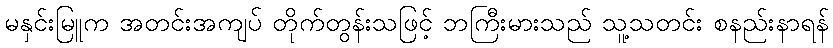
မနှင်းမြူက အတင်းအကျပ် တိုက်တွန်းသဖြင့် ဘကြီးမားသည် သူ့သတင်း စနည်းနာရန်